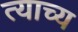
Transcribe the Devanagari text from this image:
त्याच्य